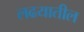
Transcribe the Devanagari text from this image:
लढयातील